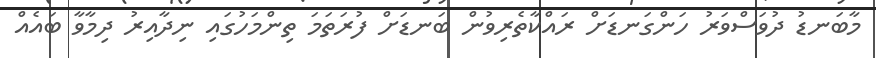
މާބަނޑު ދުވަސްވަރު ހަންގަނޑަށް ރައްކާތެރިވުން ބަނޑަށް ފުރަތަމަ ތިންމަހުގައި ނިދާއިރު ދިމާވާ ބައެއް